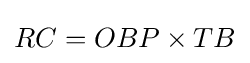
RC=OBP\times TB